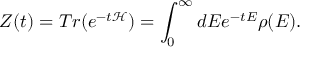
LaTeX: Z ( t ) = T r ( e ^ { - t \mathcal { H } } ) = \int _ { 0 } ^ { \infty } d E e ^ { - t E } \rho ( E ) .